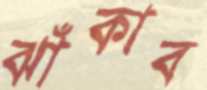
ঝাঁকাব